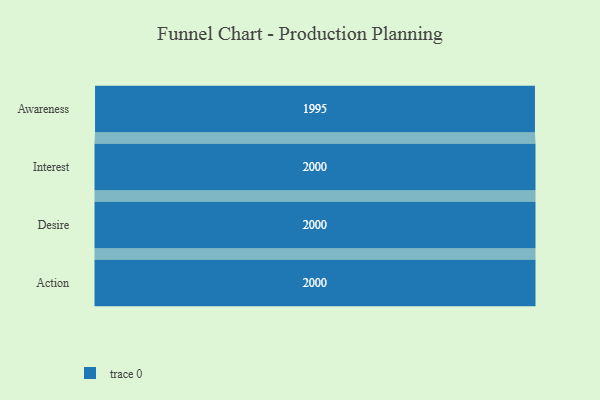
{"axis": {"x": "Stage", "y": "Value"}, "legend": [""], "data": [{"x": "Awareness", "y": 1995.0, "type": ""}, {"x": "Interest", "y": 2000, "type": ""}, {"x": "Desire", "y": 2000, "type": ""}, {"x": "Action", "y": 2000, "type": ""}]}